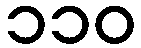
၁၁၀